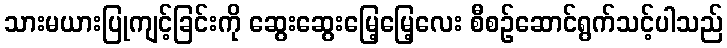
သားမယားပြုကျင့်ခြင်းကို ဆွေးဆွေးမြေ့မြေ့လေး စီစဉ်ဆောင်ရွက်သင့်ပါသည်